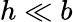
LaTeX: h\ll b